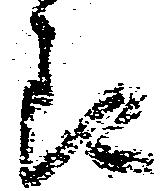
郎